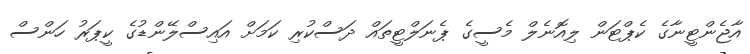
އާޖެންޓީނާގެ ކެޕްޓަން ލިއޮނެލް މެސީގެ ޕެނަލްޓީތައް ދަސްކުރި ކަމަށް އައިސްލޭންޑުގެ ކީޕަރު ހަންސް